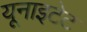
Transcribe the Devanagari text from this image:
यूनाइटेट